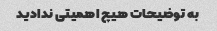
به توضیحات هیچ اهمیتی ندادید